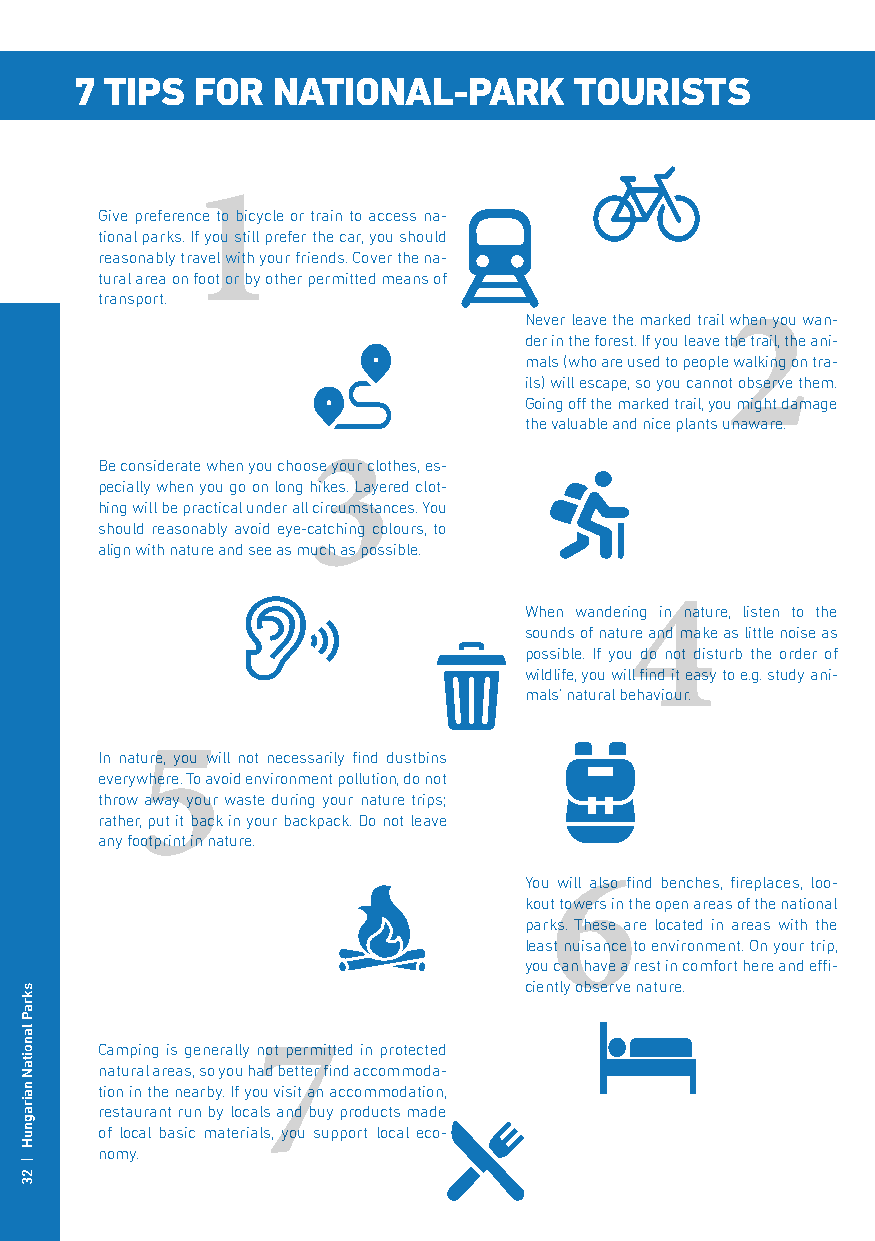
7 TIPS  FOR  NATIONAL-PARK       TOURISTS
 1
 Give preference to bicycle or train to access na-
 tional parks. If you still prefer the car, you should
 reasonably travel with your friends. Cover the na-
 2
 tural area on foot or by other permitted means of
 transport.
 Never leave the marked trail when you wan-
 der in the forest. If you leave the trail, the ani-
 mals (who are used to people walking on tra-
 ils) will escape, so you cannot observe them.
 3              Going off the marked trail, you might damage
 the valuable and nice plants unaware.
 Be considerate when you choose your clothes, es-
 pecially when you go on long hikes. Layered clot-
 hing will be practical under all circumstances. You
 should reasonably avoid eye-catching colours, to
 align with nature and see as much as possible. 4
 When wandering in nature, listen to the
 sounds of nature and make as little noise as
 possible. If you do not disturb the order of
 wildlife, you will find it easy to e.g. study ani-
 5                         mals’ natural behaviour.
 In nature, you will not necessarily find dustbins
 everywhere. To avoid environment pollution, do not
 throw away your waste during your nature trips;
 rather, put it back in your backpack. Do not leave
 6
 any footprint in nature.
 You will also find benches, fireplaces, loo-
 kout towers in the open areas of the national
 parks. These are located in areas with the
 least nuisance to environment. On your trip,
 you can have a rest in comfort here and effi-
 ciently observe nature. 7
 Camping is generally not permitted in protected
 natural areas, so you had better find accommoda-
 tion in the nearby. If you visit an accommodation,
 restaurant run by locals and buy products made
 of local basic materials, you support local eco-
 nomy.
 skraP
 lanoitaN
 nairagnuH
 |
 23